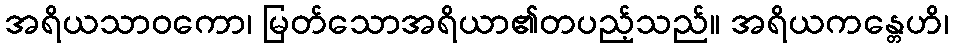
အရိယသာဝကော၊ မြတ်သောအရိယာ၏တပည့်သည်။ အရိယကန္တေဟိ၊